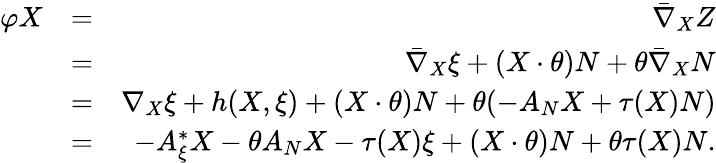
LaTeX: \begin{array}{rlr}{\varphi X}&{=}&{\bar{\nabla}_{X}Z}\\ &{=}&{\bar{\nabla}_{X}\xi+(X\cdot\theta)N+\theta\bar{\nabla}_{X}N}\\ &{=}&{\nabla_{X}\xi+h(X,\xi)+(X\cdot\theta)N+\theta(-A_{N}X+\tau(X)N)}\\ &{=}&{-A_{\xi}^{*}X-\theta A_{N}X-\tau(X)\xi+(X\cdot\theta)N+\theta\tau(X)N.}\end{array}